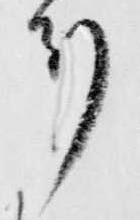
刻